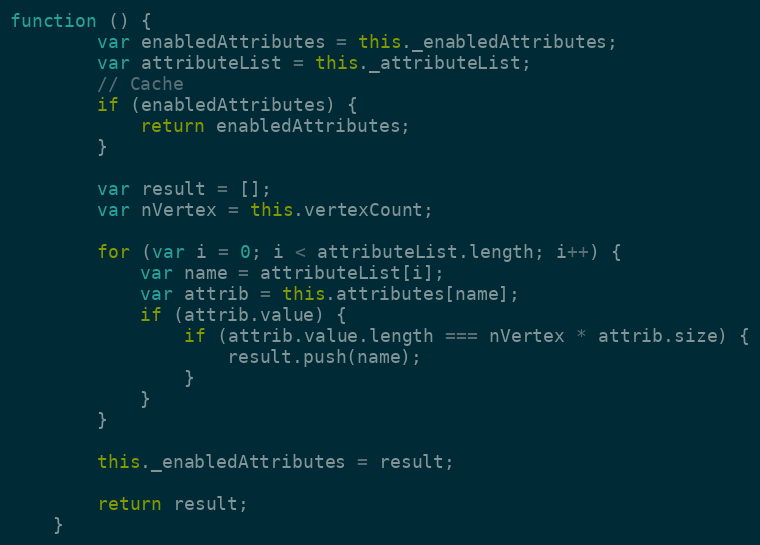
Language: JavaScript
function () {
        var enabledAttributes = this._enabledAttributes;
        var attributeList = this._attributeList;
        // Cache
        if (enabledAttributes) {
            return enabledAttributes;
        }

        var result = [];
        var nVertex = this.vertexCount;

        for (var i = 0; i < attributeList.length; i++) {
            var name = attributeList[i];
            var attrib = this.attributes[name];
            if (attrib.value) {
                if (attrib.value.length === nVertex * attrib.size) {
                    result.push(name);
                }
            }
        }

        this._enabledAttributes = result;

        return result;
    }